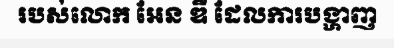
របស់លោក អែន ឌី ដែលការបង្ហាញ